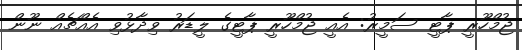
ޖުމްހޫރީ ޕާޓީ ސަމީރު: އެއީ ޖުމްހޫރީ ޕާޓީގެ ލީޑަރު ވިދާޅުވި އެއްޗެއް ނޫން